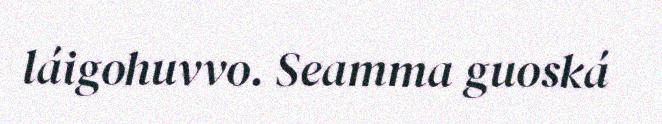
láigohuvvo. Seamma guoská